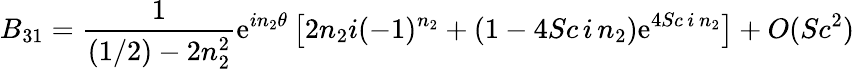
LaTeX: B_{31}={\frac{1}{(1/2)-2n_{2}^{2}}}\mathrm{e}^{in_{2}\theta}\left[2n_{2}i(-1)^{n_{2}}+(1-4Sc\, i\, n_{2})\mathrm{e}^{4Sc\, i\, n_{2}}\right]+O(Sc^{2})